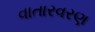
વાતારવરણ